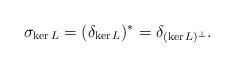
LaTeX: \begin{align*}\sigma_{\ker L}=(\delta_{\ker L})^*=\delta_{(\ker L)^\perp}.\end{align*}